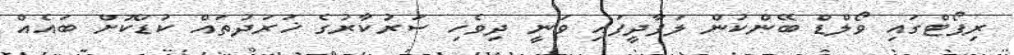
ރިޕޯޓްގައި ވޯލްޑް ބޭންކުން ލަފާދީފައި ވަނީ ދިވެހި ސަރުކާރުގެ ޚަރަދުތައް ކުޑަކޮށް ބައެއް